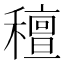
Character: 䆄